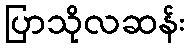
ပြာသိုလဆန်း